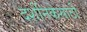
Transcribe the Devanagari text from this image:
दर्शनिकेसाठी